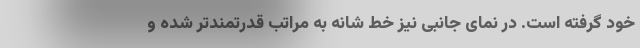
خود گرفته است. در نمای جانبی نیز خط شانه به مراتب قدرتمندتر شده و